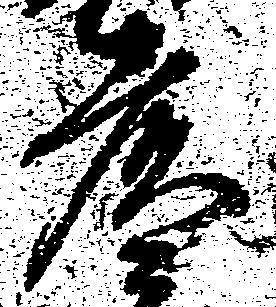
彦